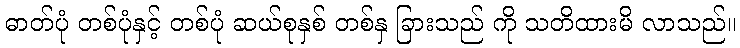
ဓာတ်ပုံ တစ်ပုံနှင့် တစ်ပုံ ဆယ်စုနှစ် တစ်နှ ခြားသည် ကို သတိထားမိ လာသည်။